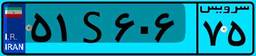
۵۵S۲۶۸۲۸